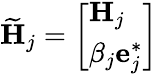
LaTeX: \widetilde{\mathbf{H}}_{j}=\left[\begin{array}{l}{\mathbf{H}_{j}}\\ {\beta_{j}\mathbf{e}_{j}^{*}}\end{array}\right]